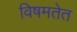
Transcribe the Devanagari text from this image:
विषमतेत